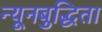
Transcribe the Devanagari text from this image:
न्यूनबुद्धिता